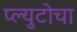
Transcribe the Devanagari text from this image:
प्ल्युटोचा